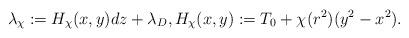
LaTeX: \begin{align*} \lambda_\chi:=H_\chi(x,y)dz+\lambda_D, H_\chi(x,y):=T_0+\chi(r^2)(y^2-x^2). \end{align*}